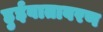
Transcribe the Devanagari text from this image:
हुईवातावरण